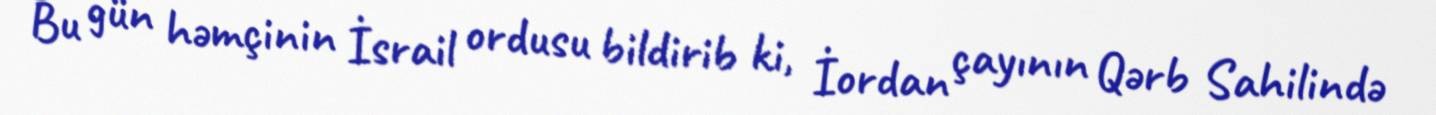
Bu gün həmçinin İsrail ordusu bildirib ki, İordan çayının Qərb Sahilində